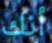
أنك